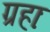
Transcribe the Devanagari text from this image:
ग्रहाः